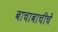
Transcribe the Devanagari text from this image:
बाचाबाचीचें